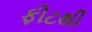
ફીટથી